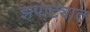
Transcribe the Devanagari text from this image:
झपाट्यात